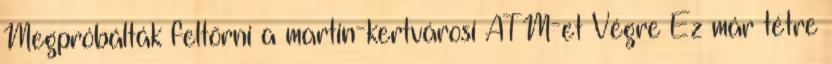
Megpróbálták feltörni a martin-kertvárosi ATM-et Végre Ez már tétre